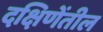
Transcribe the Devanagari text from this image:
दक्षिणेंतील